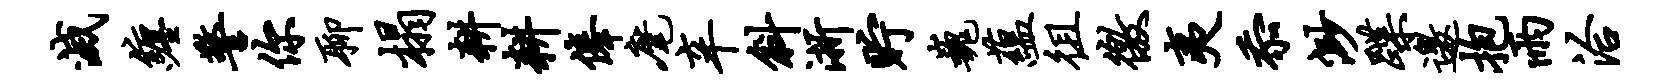
灭缠警你聊榻耕耕俸麾辛斜浙贮巍蕴徂徼夷忝渺蹀邀抱雨洽